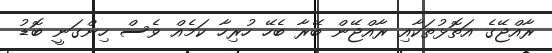
ރާއްޖޭގެ އަތޮޅުތަކާއި ރާއްޖޭން ބޭރާ ބެހޭ ހުރިހާ ކަމެއް ވެސް ހިންގަނީ ބޮޑު